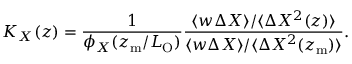
K _ { X } ( z ) = \frac { 1 } { \phi _ { X } ( z _ { \mathrm { m } } / L _ { \mathrm { O } } ) } \frac { \langle w { \mit \Delta } X \rangle / \langle { \mit \Delta } X ^ { 2 } ( z ) \rangle } { \langle w { \mit \Delta } X \rangle / \langle { \mit \Delta } X ^ { 2 } ( z _ { \mathrm { m } } ) \rangle } .